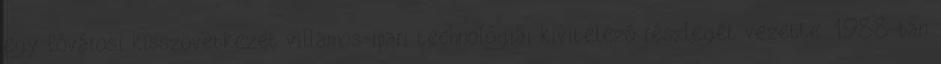
egy fővárosi kisszövetkezet villamos-ipari technológiai kivitelező részlegét vezette. 1988-ban